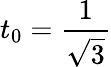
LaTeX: t_{0}={\frac{1}{\sqrt{3}}}